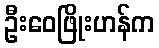
ဦးဝေဖြိုးဟန်က